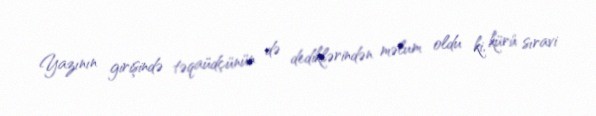
Yazının girişində təqaüdçünün də dediklərindən məlum oldu ki, kürü sıravi